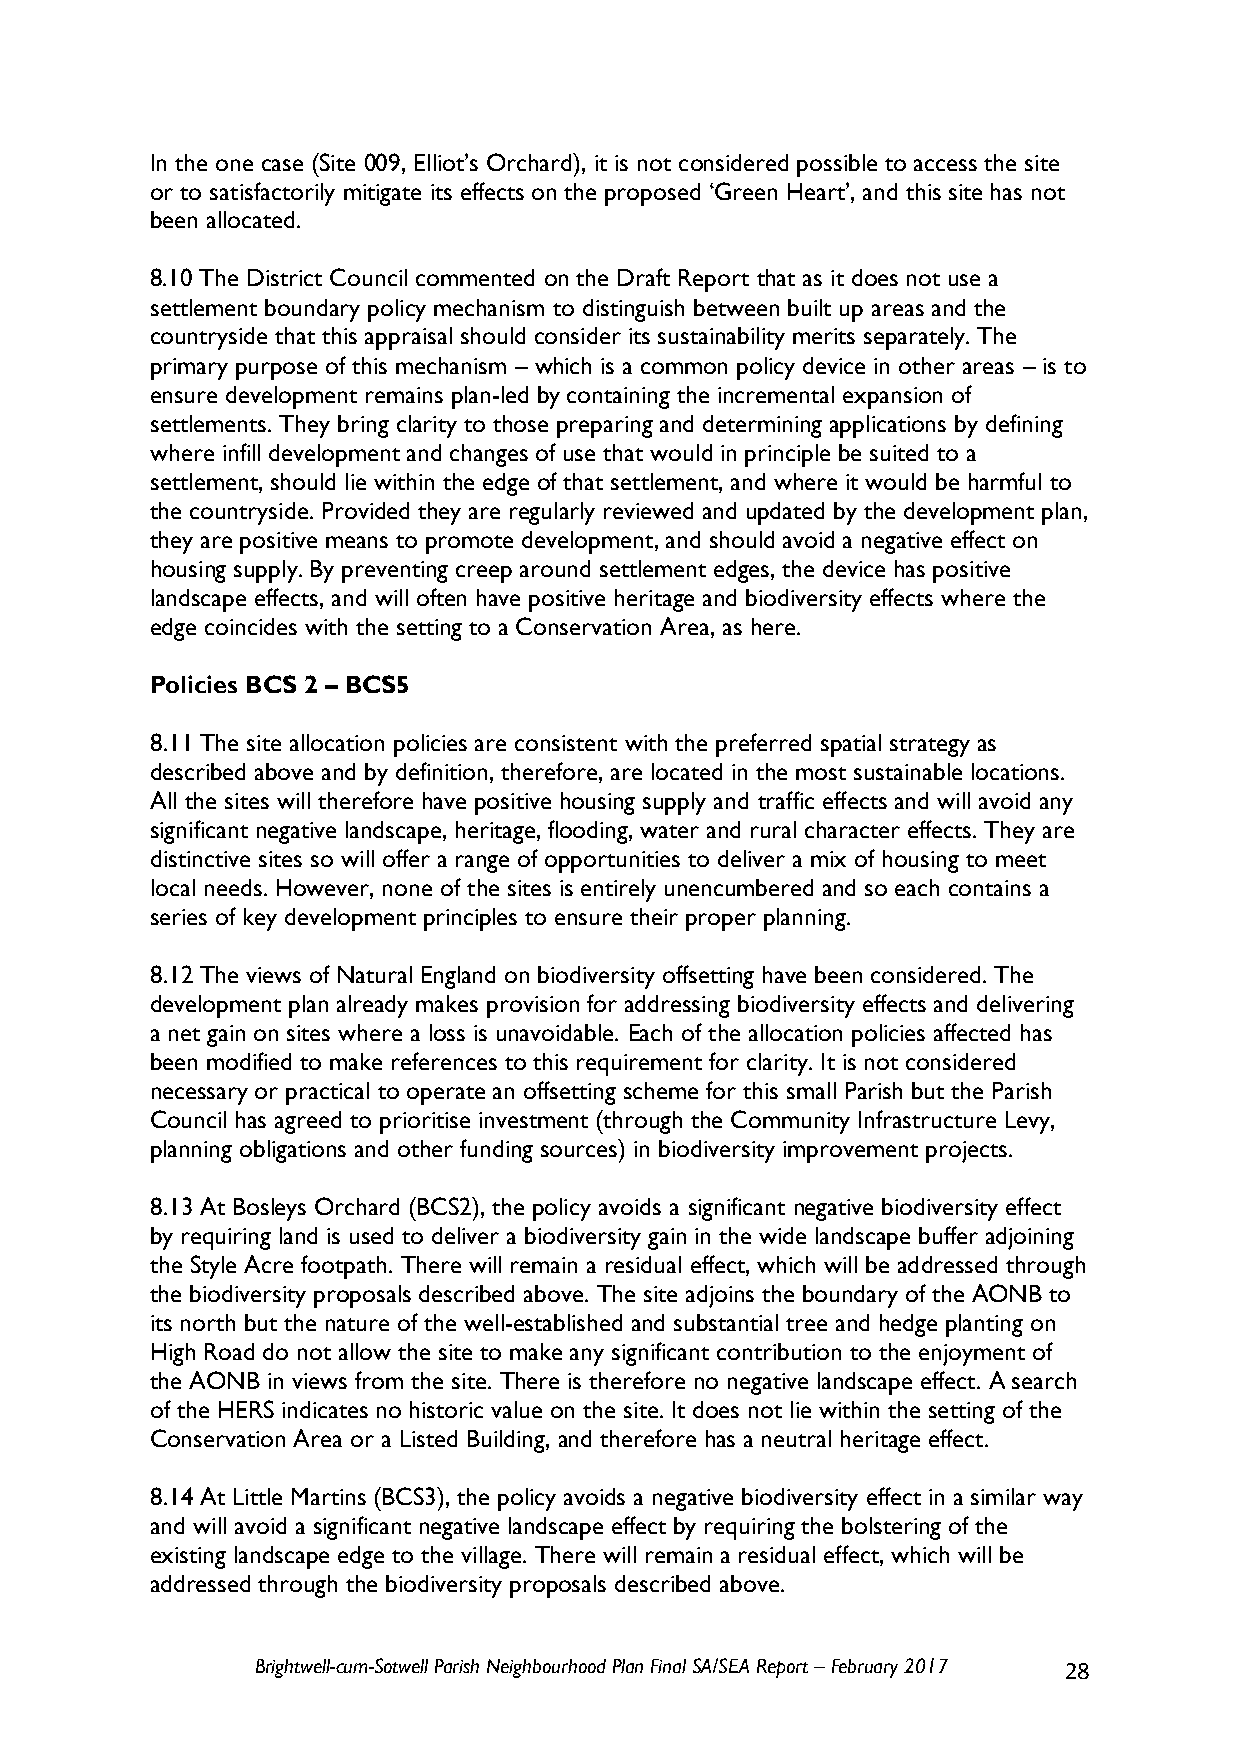
In the one case (Site 009, Elliot’s Orchard), it is not considered possible to access the site
 or to satisfactorily mitigate its effects on the proposed ‘Green Heart’, and this site has not
 been allocated.
 8.10 The District Council commented on the Draft Report that as it does not use a
 settlement boundary policy mechanism to distinguish between built up areas and the
 countryside that this appraisal should consider its sustainability merits separately. The
 primary purpose of this mechanism – which is a common policy device in other areas – is to
 ensure development remains plan-led by containing the incremental expansion of
 settlements. They bring clarity to those preparing and determining applications by defining
 where infill development and changes of use that would in principle be suited to a
 settlement, should lie within the edge of that settlement, and where it would be harmful to
 the countryside. Provided they are regularly reviewed and updated by the development plan,
 they are positive means to promote development, and should avoid a negative effect on
 housing supply. By preventing creep around settlement edges, the device has positive
 landscape effects, and will often have positive heritage and biodiversity effects where the
 edge coincides with the setting to a Conservation Area, as here.
 Policies BCS 2 – BCS5
 8.11 The site allocation policies are consistent with the preferred spatial strategy as
 described above and by definition, therefore, are located in the most sustainable locations.
 All the sites will therefore have positive housing supply and traffic effects and will avoid any
 significant negative landscape, heritage, flooding, water and rural character effects. They are
 distinctive sites so will offer a range of opportunities to deliver a mix of housing to meet
 local needs. However, none of the sites is entirely unencumbered and so each contains a
 series of key development principles to ensure their proper planning.
 8.12 The views of Natural England on biodiversity offsetting have been considered. The
 development plan already makes provision for addressing biodiversity effects and delivering
 a net gain on sites where a loss is unavoidable. Each of the allocation policies affected has
 been modified to make references to this requirement for clarity. It is not considered
 necessary or practical to operate an offsetting scheme for this small Parish but the Parish
 Council has agreed to prioritise investment (through the Community Infrastructure Levy,
 planning obligations and other funding sources) in biodiversity improvement projects.
 8.13 At Bosleys Orchard (BCS2), the policy avoids a significant negative biodiversity effect
 by requiring land is used to deliver a biodiversity gain in the wide landscape buffer adjoining
 the Style Acre footpath. There will remain a residual effect, which will be addressed through
 the biodiversity proposals described above. The site adjoins the boundary of the AONB to
 its north but the nature of the well-established and substantial tree and hedge planting on
 High Road do not allow the site to make any significant contribution to the enjoyment of
 the AONB in views from the site. There is therefore no negative landscape effect. A search
 of the HERS indicates no historic value on the site. It does not lie within the setting of the
 Conservation Area or a Listed Building, and therefore has a neutral heritage effect.
 8.14 At Little Martins (BCS3), the policy avoids a negative biodiversity effect in a similar way
 and will avoid a significant negative landscape effect by requiring the bolstering of the
 existing landscape edge to the village. There will remain a residual effect, which will be
 addressed through the biodiversity proposals described above.
 Brightwell-cum-Sotwell Parish Neighbourhood Plan Final SA/SEA Report – February 2017 28